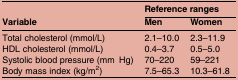
| <ROWSPAN=2> Variable | <COLSPAN=2> Reference ranges |
 | Men | Women |
 | --- | --- | --- |
 | Total cholesterol (mmol/L) | 2.1–10.0 | 2.3–11.9 |
 | HDL cholesterol (mmol/L) | 0.4–3.7 | 0.5–5.0 |
 | Systolic blood pressure (mmHg) | 70–220 | 59–221 |
 | Body mass index (kg/m2) | 7.5–65.3 | 10.3–61.8 |